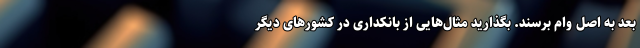
بعد به اصل وام برسند. بگذارید مثال‌هایی از بانکداری در کشورهای دیگر